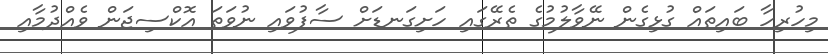
މިހުރިހާ ބައިތައް ގުޅިގެން ނޭވާލުމުގެ ތެރޭގައި ހަށިގަނޑަށް ސާފުވައި ނުވަތަ އޮކްސިޖަން ވެއްދުމާއި